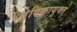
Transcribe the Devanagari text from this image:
वेदिकायुक्त